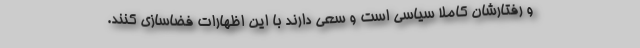
و رفتارشان کاملا سیاسی است و سعی دارند با این اظهارات فضاسازی کنند.